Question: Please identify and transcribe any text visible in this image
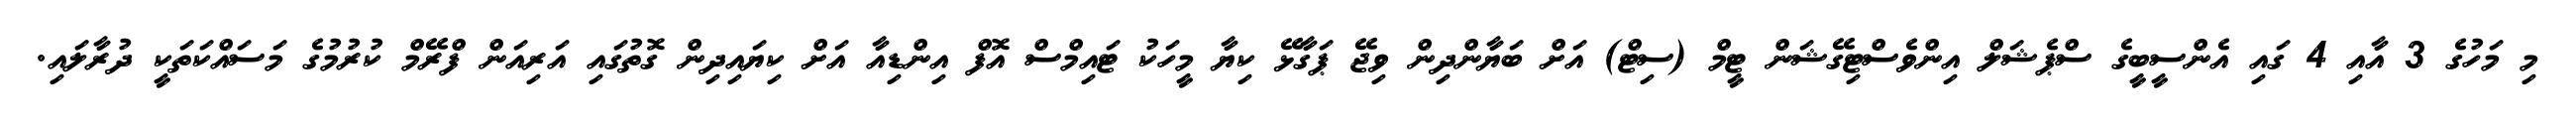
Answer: މި މަހުގެ 3 އާއި 4 ގައި އެންސީބީގެ ސްޕެޝަލް އިންވެސްޓިގޭޝަން ޓީމް (ސިޓް) އަށް ބަޔާންދިން ވިޖޭ ޕަގާޅޭ ކިޔާ މީހަކު ޓައިމްސް އޮފް އިންޑިއާ އަށް ކިޔައިދިން ގޮތުގައި އަރިއަން ފްރޭމް ކުރުމުގެ މަސައްކަތަކީ ދުރާލައި.